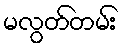
မလွတ်တမ်း